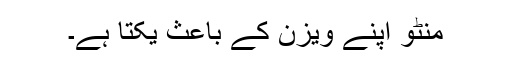
منٹو اپنے ویزن کے باعث یکتا ہے۔